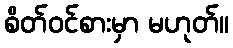
စိတ်ဝင်စားမှာ မဟုတ်။